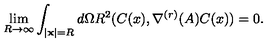
\lim _ { R \rightarrow \infty } \int _ { \mid { \bf x } \mid = R } d \Omega R ^ { 2 } ( C ( x ) , \nabla ^ { ( r ) } ( A ) C ( x ) ) = 0 .